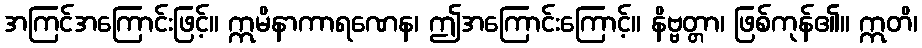
အကြင်အကြောင်းဖြင့်။ ဣမိနာကာရဏေန၊ ဤအကြောင်းကြောင့်။ နိဗ္ဗတ္တာ၊ ဖြစ်ကုန်၏။ ဣတိ၊